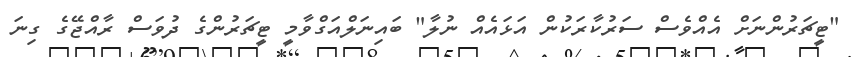
"ޓީޗަރުންނަށް އެއްވެސް ސަރުކާރަކުން އަޅައެއް ނުލާ" ބައިނަލްއަގްވާމީ ޓީޗަރުންގެ ދުވަސް ރާއްޖޭގެ ގިނަ